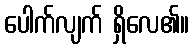
ပေါက်လျက် ရှိလေ၏။